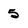
Character: 5